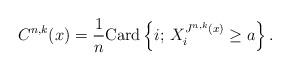
LaTeX: \begin{align*}C^{n,k}(x)=\frac{1}{n}{\rm Card}\left\{i ;\, X_{i}^{J^{n,k}(x)} \ge a\right\}.\end{align*}